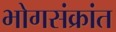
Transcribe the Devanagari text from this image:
भोगसंक्रांत